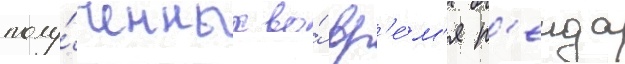
полу́ченных во́ вр'е́м'я р'еида